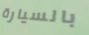
بالسيارة